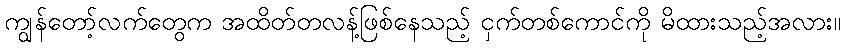
ကျွန်တော့်လက်တွေက အထိတ်တလန့်ဖြစ်နေသည့် ငှက်တစ်ကောင်ကို မိထားသည့်အလား။